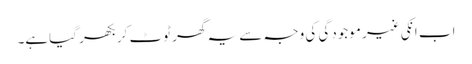
اب انکی غیر موجودگی کی وجہ سے یہ گھر ٹوٹ کر بکھر گیاہے۔